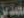
تعدين